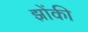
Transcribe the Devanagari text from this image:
झोंकी